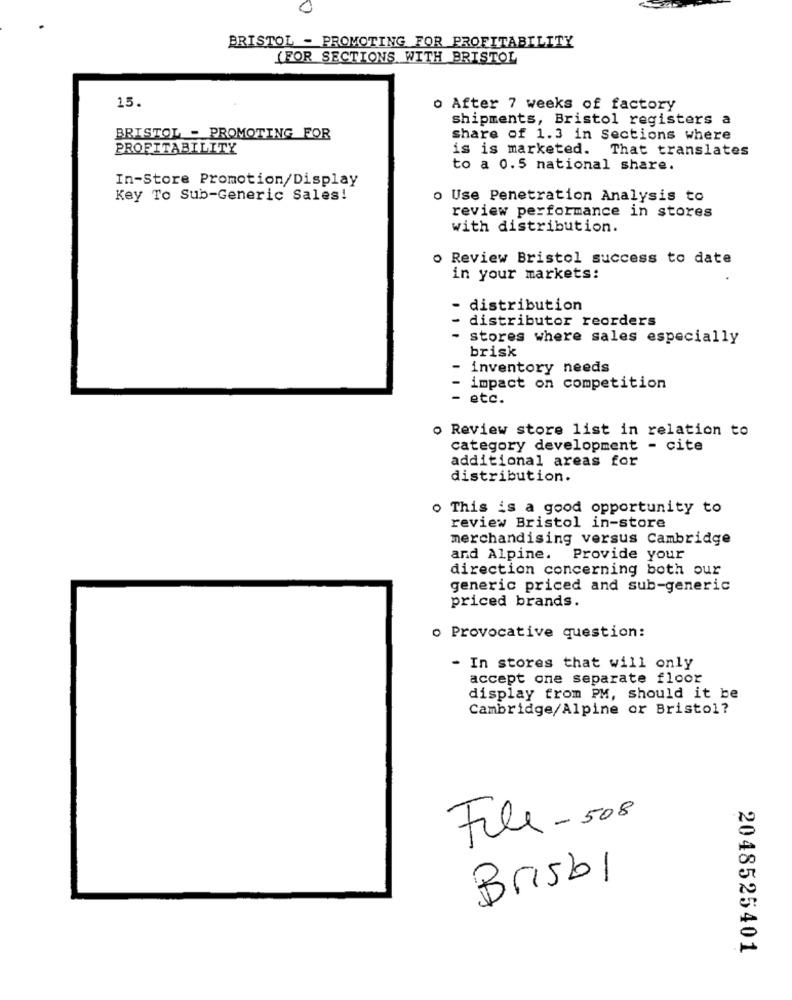
0
BRISTOL - PROMOTING FOR PROFITABILITY
(FOR SECTIONS WITH BRISTOL
15.
o After 7 weeks of factory
shipments, Bristol registers a
BRISTOL - PROMOTING FOR
share of 1.3 in Sections where
PROFITABILITY
is is marketed. That translates
to a 0.5 national share.
In-Store Promotion/Display
Key To Sub-Generic Sales!
o Use Penetration Analysis to
review performance in stores
with distribution.
o Review Bristol success to date
in your markets:
distribution
distributor reorders
stores where sales especially
brisk
-
inventory needs
impact on competition
- etc.
o Review store list in relation to
category development - cite
additional areas for
distribution.
o This is a good opportunity to
review Bristol in-store
merchandising versus Cambridge
and Alpine.
Provide your
direction concerning both our
generic priced and sub-generic
priced brands.
o Provocative question:
- In stores that will only
accept one separate floor
display from PM, should it be
Cambridge/Alpine or Bristol?
File - 508
Brisbi
2048525401